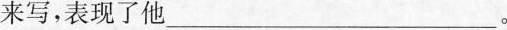
来写，表现了他___。